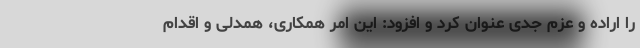
را اراده و عزم جدی عنوان کرد و افزود: این امر همکاری، همدلی و اقدام